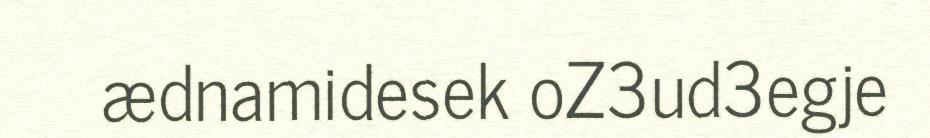
ædnamidesek oZ3ud3egje